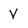
Character: V